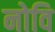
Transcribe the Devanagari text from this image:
नोवि